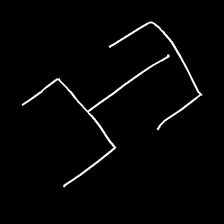
Glyph: entwine